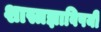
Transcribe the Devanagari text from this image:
शास्त्रज्ञाविषयी